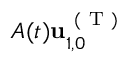
A ( t ) \mathbf { u } _ { 1 , 0 } ^ { \mathrm { ~ ( ~ T ~ ) ~ } }